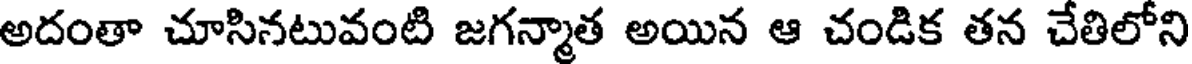
అదంతా చూసినటువంటి జగన్మాత అయిన ఆ చండిక తన చేతిలోని